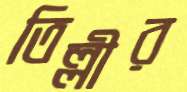
তিল্লীর